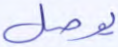
يوصل